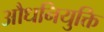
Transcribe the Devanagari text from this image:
औधनियुक्ति